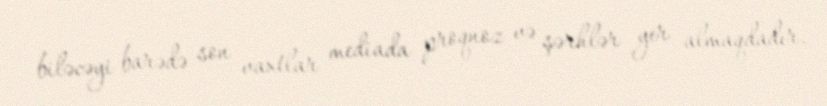
biləcəyi barədə son vaxtlar mediada proqnoz və şərhlər yer almaqdadır.